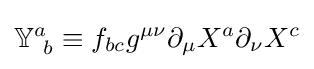
\mathbb {Y} _{~b}^{a}\equiv f_{bc}g^{\mu \nu }\partial _{\mu }X^{a}\partial _{\nu }X^{c}